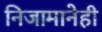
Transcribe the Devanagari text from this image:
निजामानेही